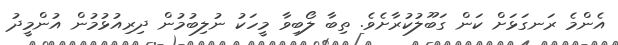
އެންމެ ރަނގަޅަށް ކަން ގަބޫލުކުރާށެވެ. ތިބާ ލޯބިވާ މީހަކު ނުލިބުމުން ދިރިއުޅުމުން އުންމީދު